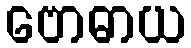
ဗောဓာယ